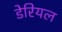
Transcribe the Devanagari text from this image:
डेरियल